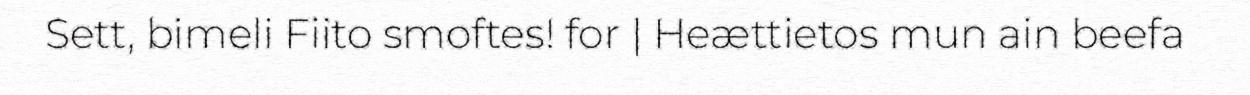
Sett, bimeli Fiito smoftes! for | Heættietos mun ain beefa